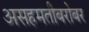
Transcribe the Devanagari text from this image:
असहमतीबरोबर